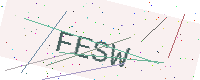
Text: FESW